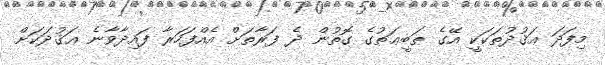
މިފަދަ ޢަޤުދުތަކަކީ އޭގެ ޠަބީޢަތުގެ ގޮތުން ދެ ފަރާތަށް އެއްފަހަރާ ފައިދާވާނެ ޢަޤުދަކަށް